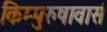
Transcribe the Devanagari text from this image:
किम्पुरुषावासं